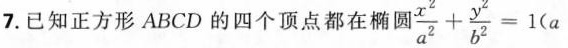
7.已知正方形ABCD的四个顶点都在椭圆$$\frac { x ^ { 2 } } { a ^ { 2 } } + \frac { y ^ { 2 } } { b ^ { 2 } } = 1$$ ($$a